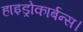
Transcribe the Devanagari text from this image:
हाइड्रोकार्बन्स।